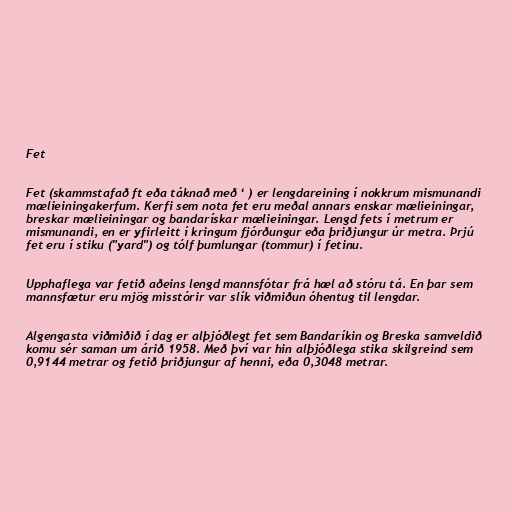
Fet

Fet (skammstafað ft eða táknað með ‘ ) er lengdareining í nokkrum mismunandi
mælieiningakerfum. Kerfi sem nota fet eru meðal annars enskar mælieiningar,
breskar mælieiningar og bandarískar mælieiningar. Lengd fets í metrum er
mismunandi, en er yfirleitt í kringum fjórðungur eða þriðjungur úr metra. Þrjú
fet eru í stiku ("yard") og tólf þumlungar (tommur) í fetinu.

Upphaflega var fetið aðeins lengd mannsfótar frá hæl að stóru tá. En þar sem
mannsfætur eru mjög misstórir var slík viðmiðun óhentug til lengdar.

Algengasta viðmiðið í dag er alþjóðlegt fet sem Bandaríkin og Breska samveldið
komu sér saman um árið 1958. Með því var hin alþjóðlega stika skilgreind sem
0,9144 metrar og fetið þriðjungur af henni, eða 0,3048 metrar.